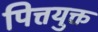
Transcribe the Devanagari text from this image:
पित्तयुक्त